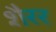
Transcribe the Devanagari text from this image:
शैरर